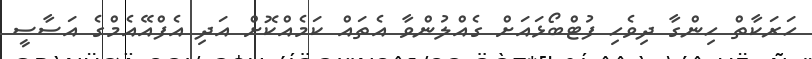
ހަރަކާތް ހިންގާ ދިވެހި ފުޓްބޯޅައަށް ގެއްލުންވާ އެތައް ކަމެއްކޮށް އަދި އެފްއޭއެމްގެ އަސާސީ